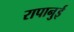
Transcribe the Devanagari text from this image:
रापानुई